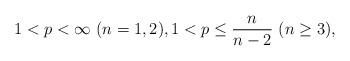
LaTeX: \begin{align*} 1 < p < \infty \ (n=1,2), 1 < p \le \frac{n}{n-2} \ (n \ge 3),\end{align*}